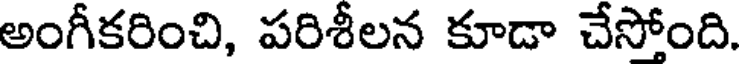
అంగీకరించి, పరిశీలన కూడా చేసోంది.